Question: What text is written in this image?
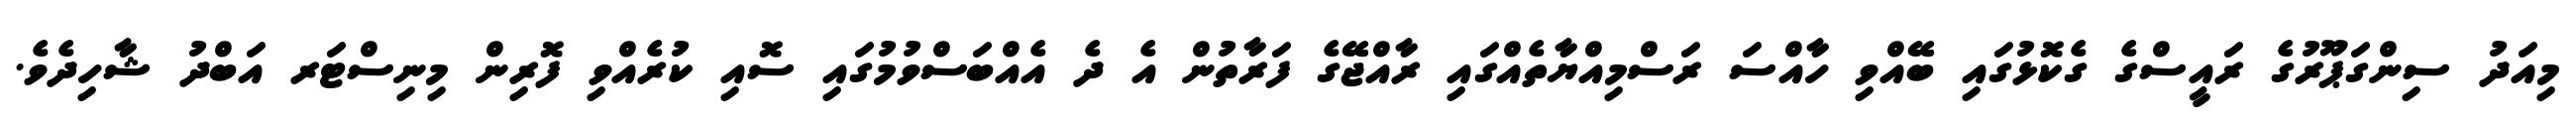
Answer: މިއަދު ސިންގަޕޫރުގެ ރައީސްގެ ގެކޮޅުގައި ބޭއްވި ހާއްސަ ރަސްމިއްޔާތެއްގައި ރާއްޖޭގެ ފަރާތުން އެ ދެ އެއްބަސްވުމުގައި ސޮއި ކުރެއްވި ފޮރިން މިނިސްޓަރ އަބްދު ޝާހިދެވެ.